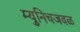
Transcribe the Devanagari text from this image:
म्युनिचजवळ